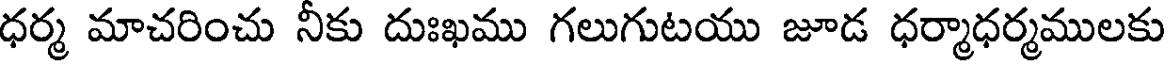
ధర్మ మాచరించు నీకు దుఃఖము గలుగుటయు జూడ ధర్మాధర్మములకు